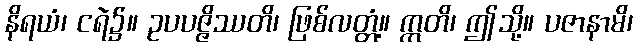
နိရယံ၊ ငရဲ၌။ ဥပပဇ္ဇိဿတိ၊ ဖြစ်လတ္တံ့။ ဣတိ၊ ဤသို့။ ပဇာနာမိ၊